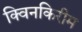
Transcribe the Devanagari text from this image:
क्विनकिरीम